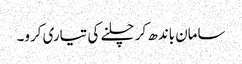
سامان باندھ کر چلنے کی تیاری کرو۔